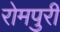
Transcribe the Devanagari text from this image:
रोमपुरी